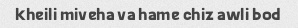
kheili miveha va hame chiz awli bod